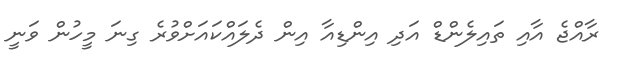
ރާއްޖެ އާއި ތައިލެންޑް އަދި އިންޑިއާ އިން ދެލައްކައަށްވުރެ ގިނަ މީހުން ވަނީ